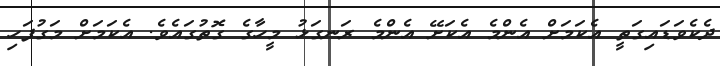
ދެކެވަޑައިގަތީ އެކަމަށް އެންމެ އެކަށޭ އެންމެ ރަނގަޅު މީހާގެ ގޮތުގައެވެ. އެކަމަށް މަގުފަހި